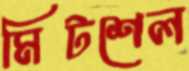
মিটশেল